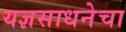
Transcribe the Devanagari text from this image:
यज्ञसाधनेचा